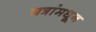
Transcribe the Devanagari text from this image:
जत्रांमधून